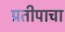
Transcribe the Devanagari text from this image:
प्रतीपाचा